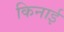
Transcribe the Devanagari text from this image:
किनाई